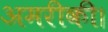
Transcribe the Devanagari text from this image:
अमरीकी।